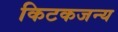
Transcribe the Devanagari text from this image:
किटकजन्य